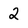
Character: 2